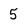
Character: 5